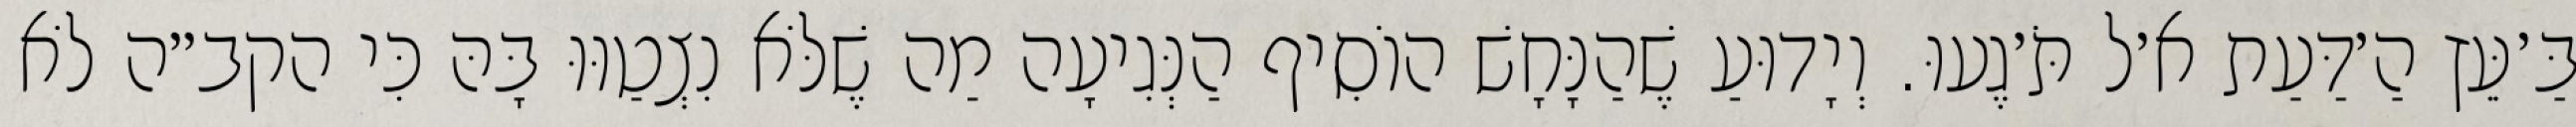
בַּ׳עֵּץ הַ׳דַּעַת א׳ל תֹּ׳גֶעוּ. וְיָדוּעַ שֶׁהַנָּחָשׁ הוֹסִיף הַנְּגִיעָה מַה שֶׁלֹּא נִצְטַוּוּ בָּהּ כִּי הקב״ה לֹא